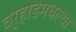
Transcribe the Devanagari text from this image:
वर्‍हाडमधल्या